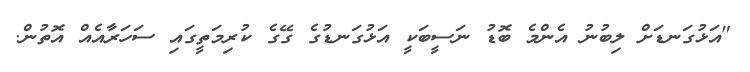
"އަޅުގަނޑަށް ލިބުނު އެންމެ ބޮޑު ނަސީބަކީ އަޅުގަނޑުގެ ގޭގެ ކުރިމަތީގައި ސަހަރާއެއް އޮތުން.